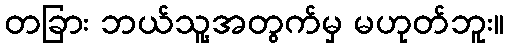
တခြား ဘယ်သူ့အတွက်မှ မဟုတ်ဘူး။